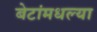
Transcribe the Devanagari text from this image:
बेटांमधल्या